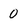
Character: 0